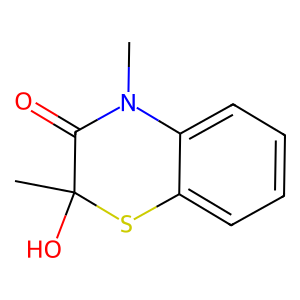
SMILES: CN1C(=O)C(C)(O)Sc2ccccc21
Inhibits HIV replication: No